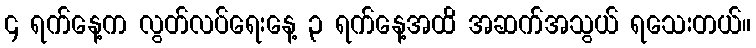
၄ ရက်နေ့က လွတ်လပ်ရေးနေ့ ၃ ရက်နေ့အထိ အဆက်အသွယ် ရသေးတယ်။